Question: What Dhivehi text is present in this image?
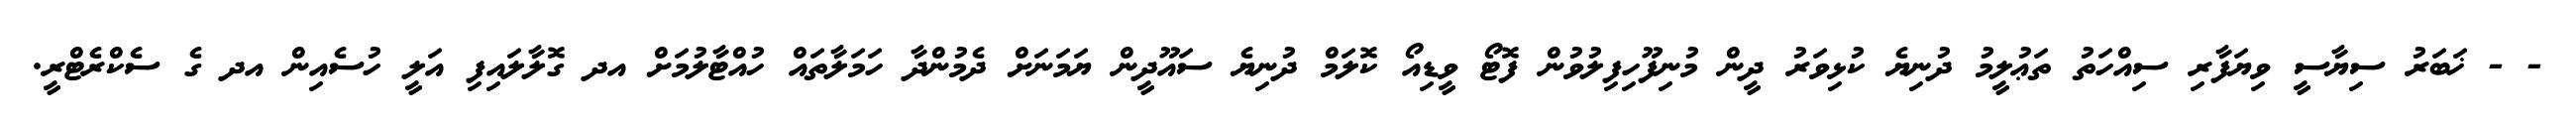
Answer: - - ޚަބަރު ސިޔާސީ ވިޔަފާރި ސިއްހަތު ތަޢުލީމު ދުނިޔެ ކުޅިވަރު ދީން މުނިފޫހިފިލުވުން ފޮޓޯ ވީޑިއޯ ކޮލަމް ދުނިޔެ ސައޫދީން ޔަމަނަށް ދެމުންދާ ހަމަލާތައް ހުއްޓާލުމަށް އދ ގޮލާލައިފި އަލީ ހުސެއިން އދ ގެ ސެކްރެޓްރީ.